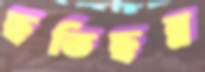
ছতিছন্ন